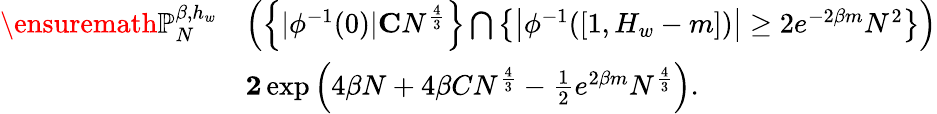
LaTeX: \begin{array}{rl}{{\ensuremath{\mathbb P}}_{N}^{\beta,h_{w}}}&{\left(\left\{ \vert\phi^{-1}(0)\vert\le CN^{\frac{4}{3}}\right\} \bigcap\left\{ \left\vert\phi^{-1}([1,H_{w}-m])\right\vert\ge 2e^{-2\beta m}N^{2}\right\} \right)}\\ &{\le 2\exp\left(4\beta N+4\beta CN^{\frac{4}{3}}-\frac{1}{2}e^{2\beta m}N^{\frac{4}{3}}\right).}\end{array}